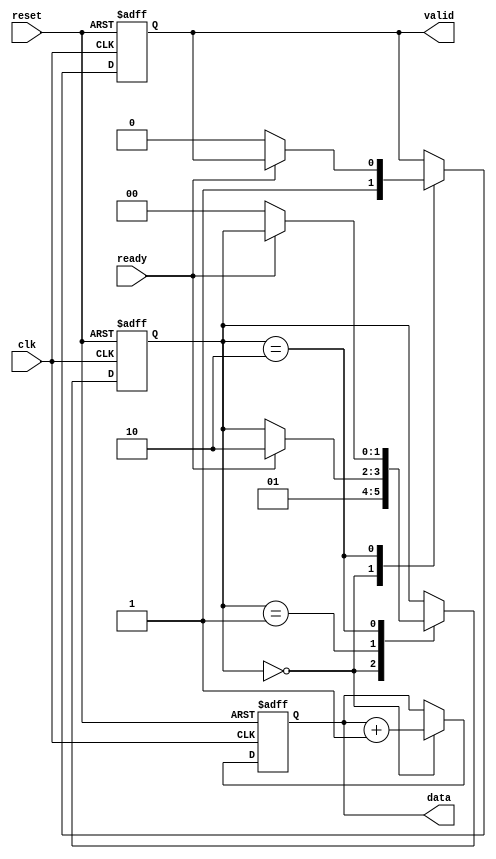
module producer (
    input wire clk,
    input wire reset,
    output reg valid,
    output reg [7:0] data,
    input wire ready
);
    // State definitions
    reg [1:0] state;
    localparam IDLE = 2'b00,
               SEND = 2'b01,
               WAIT = 2'b10;

    always @(posedge clk or posedge reset) begin
        if (reset) begin
            state <= IDLE;
            valid <= 0;
            data <= 8'b0;
        end else begin
            case (state)
                IDLE: begin
                    // Prepare new data
                    data <= data + 1; // Example data increment
                    valid <= 1; // Assert valid signal
                    state <= SEND;
                end

                SEND: begin
                    if (ready) begin
                        // Wait for consumer to be ready
                        state <= WAIT;
                    end
                end

                WAIT: begin
                    if (!ready) begin
                        // Consumer acknowledged, deassert valid
                        valid <= 0;
                        state <= IDLE; // Go back to IDLE to send new data
                    end
                end
            endcase
        end
    end
endmodule